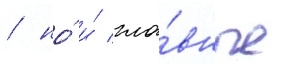
/ но́ и́ гла́вные